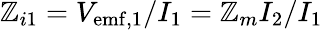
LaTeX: \mathbb{Z}_{i1}=V_{\mathrm{{emf,1}}}/I_{1}=\mathbb{Z}_{m}I_{2}/I_{1}